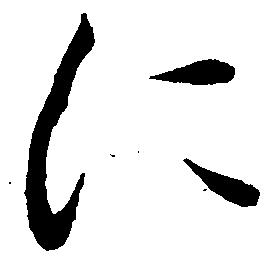
に